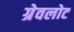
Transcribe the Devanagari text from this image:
ग्रेवलोट